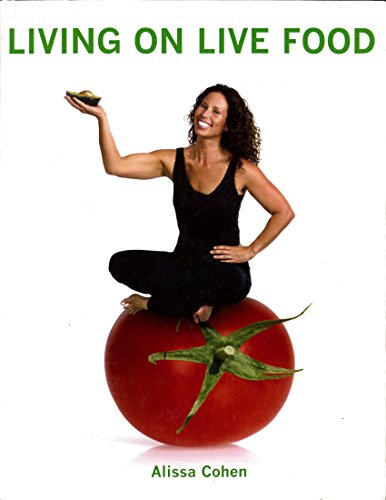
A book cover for Living on Live Food; Alissq Cohen; Cookbooks, Food & Wine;